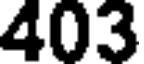
403